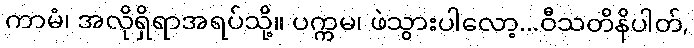
ကာမံ၊ အလိုရှိရာအရပ်သို့။ ပက္ကမ၊ ဖဲသွားပါလော့...ဝီသတိနိပါတ်,